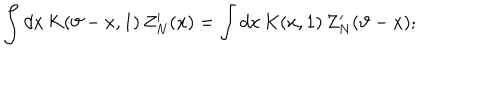
\int d x \, K ( \vartheta - x , 1 ) \, Z _ { N } ^ { \prime } ( x ) = \int d x \, K ( x , 1 ) \, Z _ { N } ^ { \prime } ( \vartheta - x ) ;